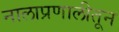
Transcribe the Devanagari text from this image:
नालाप्रणालीतून